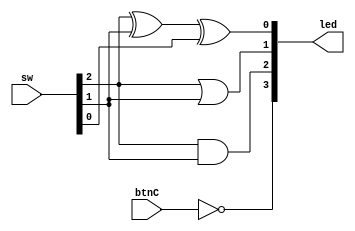
`timescale 1ns / 1ps
//////////////////////////////////////////////////////////////////////////////////
// Company: 
// Engineer: 
// 
// Design Name: 
// Module Name: main
// Project Name: 
// Target Devices: 
// Tool Versions: 
// Description: 
// 
// Dependencies: 
// 
// Revision:
// Revision 0.01 - File Created
// Additional Comments:
// 
//////////////////////////////////////////////////////////////////////////////////


module main(
        input [0:2] sw,
        input btnC,
        output [0:3] led
    );
    
    assign led[0] = ~btnC;
    assign led[1] = sw[0]&sw[1];
    assign led[2] = sw[0]|sw[1];
    assign led[3] = sw[0]^sw[1]^sw[2];
    
endmodule